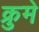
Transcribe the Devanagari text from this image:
क्रुमे